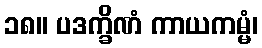
၁၈။ ပဒက္ခိဏံ ကာယကမ္မံ၊